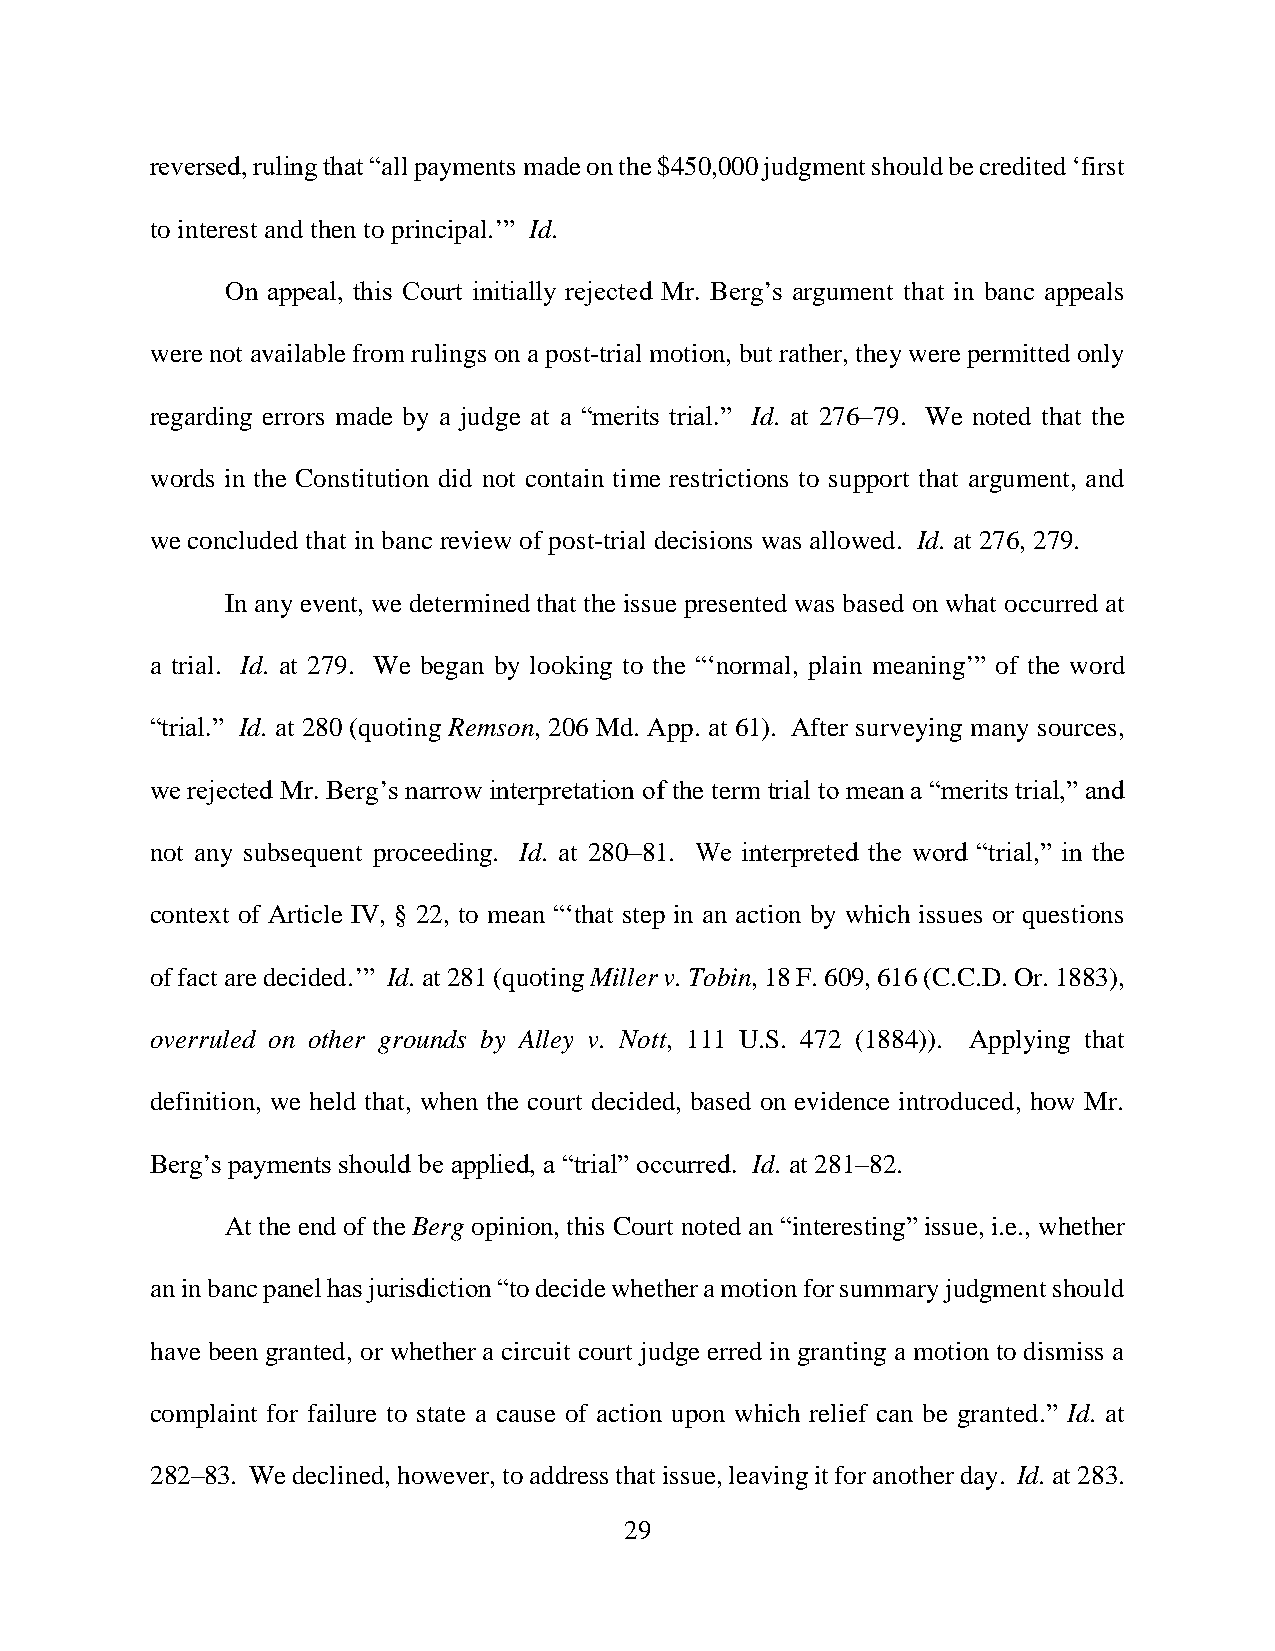
reversed, ruling that “all payments made on the $450,000 judgment should be credited ‘first
 to interest and then to principal.’” Id.
 On appeal, this Court initially rejected Mr. Berg’s argument that in banc appeals
 were not available from rulings on a post-trial motion, but rather, they were permitted only
 regarding errors made by a judge at a “merits trial.” Id. at 276–79. We noted that the
 words in the Constitution did not contain time restrictions to support that argument, and
 we concluded that in banc review of post-trial decisions was allowed. Id. at 276, 279.
 In any event, we determined that the issue presented was based on what occurred at
 a trial. Id. at 279. We began by looking to the “‘normal, plain meaning’” of the word
 “trial.” Id. at 280 (quoting Remson, 206 Md. App. at 61). After surveying many sources,
 we rejected Mr. Berg’s narrow interpretation of the term trial to mean a “merits trial,” and
 not any subsequent proceeding. Id. at 280–81. We interpreted the word “trial,” in the
 context of Article IV, § 22, to mean “‘that step in an action by which issues or questions
 of fact are decided.’” Id. at 281 (quoting Miller v. Tobin, 18 F. 609, 616 (C.C.D. Or. 1883),
 overruled on other grounds by Alley v. Nott, 111 U.S. 472 (1884)). Applying that
 definition, we held that, when the court decided, based on evidence introduced, how Mr.
 Berg’s payments should be applied, a “trial” occurred. Id. at 281–82.
 At the end of the Berg opinion, this Court noted an “interesting” issue, i.e., whether
 an in banc panel has jurisdiction “to decide whether a motion for summary judgment should
 have been granted, or whether a circuit court judge erred in granting a motion to dismiss a
 complaint for failure to state a cause of action upon which relief can be granted.” Id. at
 282–83. We declined, however, to address that issue, leaving it for another day. Id. at 283.
 29